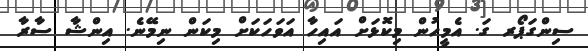
ސިންގަޕޯރ ގަ. އެމީހުން މިކޮޅަށް އައިހާ އަވަހަކަށް މިކަން ނިމޭނެ. އިންޝާ ސާރާ